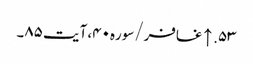
۵۳. ↑ غافر/سوره۴۰، آیت ۸۵۔